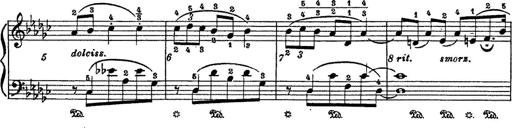
Title: 6 Polish Songs
Composer: Franz Liszt